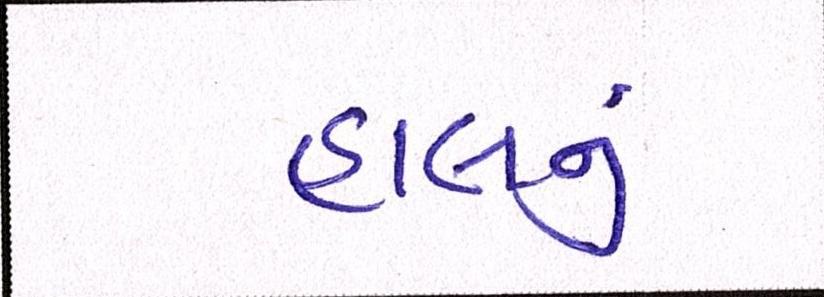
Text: હાલનું